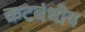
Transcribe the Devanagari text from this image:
कटबंधीय